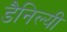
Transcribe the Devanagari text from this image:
डैनिल्यी